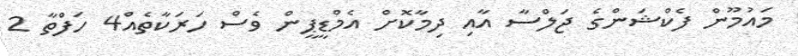
މައުމޫން ފެކްޝަންގެ ޖަލްސާ އާއި ދިމާކޮށް އެމްޑީޕީން ވެސް ހަރަކާތެއް4 ހަފްތާ 2